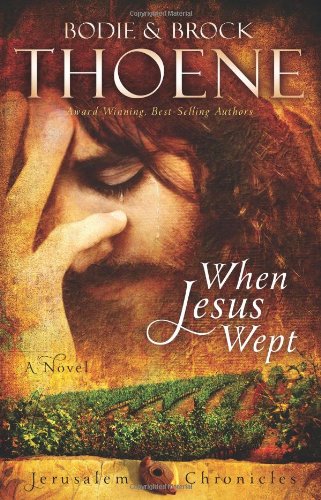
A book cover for When Jesus Wept (The Jerusalem Chronicles); Bodie and Brock Thoene; Literature & Fiction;